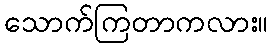
သောက်ကြတာကလား။